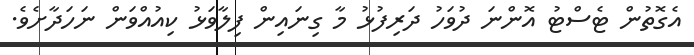
އެގޮތުން ޓެސްޓު އޮންނަ ދުވަހު ދަރިފުޅު މާ ގިނައިން ފިލާވަޅު ކިއުއްވަން ނަހަދާށެވެ.